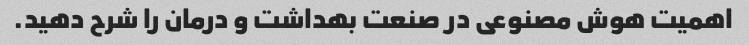
اهمیت هوش مصنوعی در صنعت بهداشت و درمان را شرح دهید.